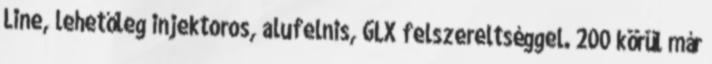
Line, lehetőleg injektoros, alufelnis, GLX felszereltséggel. 200 körül már